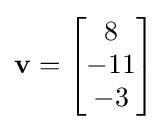
\mathbf {v} ={\begin{bmatrix}8\\-11\\-3\end{bmatrix}}